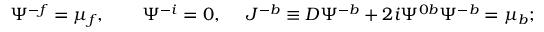
\Psi ^ { - f } = \mu _ { f } , \qquad \Psi ^ { - i } = 0 , ~ ~ ~ ~ J ^ { - b } \equiv D \Psi ^ { - b } + 2 i \Psi ^ { 0 b } \Psi ^ { - b } = \mu _ { b } ;